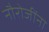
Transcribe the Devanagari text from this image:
नौरोजींना